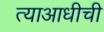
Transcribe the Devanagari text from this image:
त्याआधीची